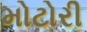
મોટોરી